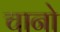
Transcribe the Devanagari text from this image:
चानो